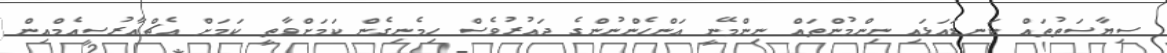
ސިޔާސަތުތައް ކަނޑައަޅައި ނިންމުންތައް ނިންމޭނީ އަންހެންނުންގެ ދައުރުވެސް ހިމެނިގެން ކަމަށްވާތީ ކަމަށް އެޗްއާރުސީއެމްއިން